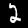
Label: 2